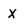
Character: X